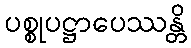
ပစ္စုပဋ္ဌာပေဿန္တိ